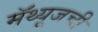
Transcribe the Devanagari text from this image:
मॅथ्यूजची